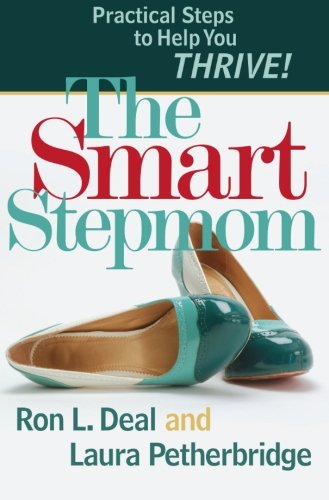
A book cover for The Smart Stepmom: Practical Steps to Help You Thrive; Ron L. Deal; Parenting & Relationships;